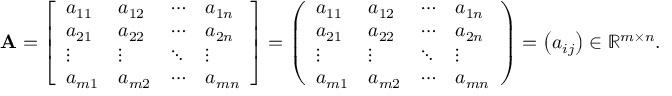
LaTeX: \mathbf { A } = { \left[ \begin{array} { l l l l } { a _ { 1 1 } } & { a _ { 1 2 } } & { \cdots } & { a _ { 1 n } } \\ { a _ { 2 1 } } & { a _ { 2 2 } } & { \cdots } & { a _ { 2 n } } \\ { \vdots } & { \vdots } & { \ddots } & { \vdots } \\ { a _ { m 1 } } & { a _ { m 2 } } & { \cdots } & { a _ { m n } } \end{array} \right] } = { \left( \begin{array} { l l l l } { a _ { 1 1 } } & { a _ { 1 2 } } & { \cdots } & { a _ { 1 n } } \\ { a _ { 2 1 } } & { a _ { 2 2 } } & { \cdots } & { a _ { 2 n } } \\ { \vdots } & { \vdots } & { \ddots } & { \vdots } \\ { a _ { m 1 } } & { a _ { m 2 } } & { \cdots } & { a _ { m n } } \end{array} \right) } = \left( a _ { i j } \right) \in \mathbb { R } ^ { m \times n } .